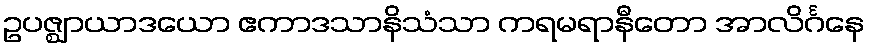
ဥပဇ္ဈာယာဒယော ဧကာဒသာနိသံသာ ကရမရာနီတော အာလိင်္ဂနေ